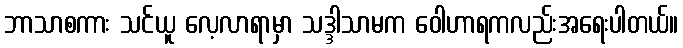
ဘာသာစကား သင်ယူ လေ့လာရာမှာ သဒ္ဒါသာမက ဝေါဟာရကလည်းအရေးပါတယ်။